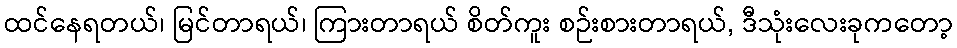
ထင်နေရတယ်၊ မြင်တာရယ်၊ ကြားတာရယ် စိတ်ကူး စဉ်းစားတာရယ်, ဒီသုံးလေးခုကတော့